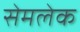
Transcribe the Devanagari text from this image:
सेमलेक